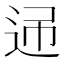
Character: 𨒝